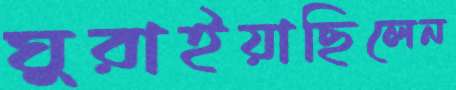
ঘুরাইয়াছিলেন